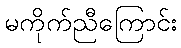
မကိုက်ညီကြောင်း